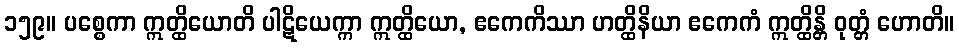
၁၅၉။ ပစ္စေကာ ဣတ္ထိယောတိ ပါဋိယေက္ကာ ဣတ္ထိယော, ဧကေကိဿာ ဟတ္ထိနိယာ ဧကေကံ ဣတ္ထိန္တိ ဝုတ္တံ ဟောတိ။